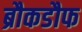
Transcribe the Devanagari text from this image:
ब्रौकडौफ